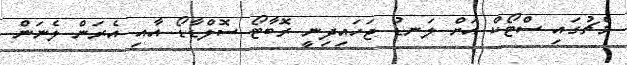
މެޗުގައި ސްޓޯކް އަށް ލަނޑު ޖަހައިދިނީ ރޮބާޓޯ ސޮލްޑާޑޯ އާއި އެރަން ލެނަން